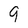
Character: 9